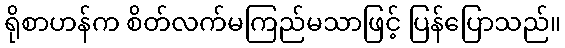
ရိုစာဟန်က စိတ်လက်မကြည်မသာဖြင့် ပြန်ပြောသည်။